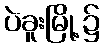
ပဲခူးမြို့၌